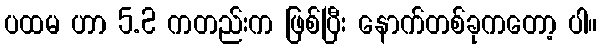
ပထမ ဟာ 5.2 ကတည်းက ဖြစ်ပြီး နောက်တစ်ခုကတော့ ပါ။